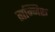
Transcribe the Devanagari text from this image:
तान्निरू